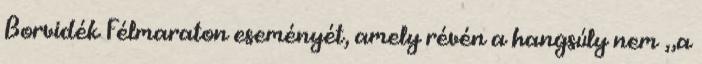
Borvidék Félmaraton eseményét, amely révén a hangsúly nem „a